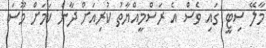
މާލޭ ސިޓީ ގައި ވެސް އެ ރަސްމީއްޔާތު ކުރިއަށް ދާނެ ކަމަށް މޫސަ